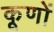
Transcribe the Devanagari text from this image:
कूणों